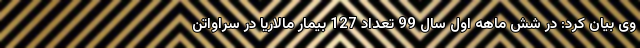
وی بیان کرد: در شش ماهه اول سال 99 تعداد 127 بیمار مالاریا در سراواتن